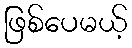
ဖြစ်ပေမယ့်